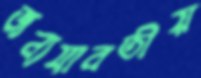
জন্যযাবতীয়